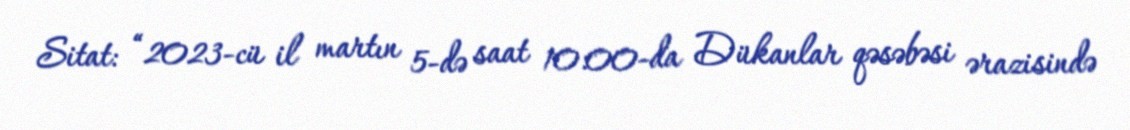
Sitat: “2023-cü il martın 5-də saat 10:00-da Dükanlar qəsəbəsi ərazisində